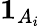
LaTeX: {\mathbf{1}}_{A_{i}}